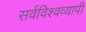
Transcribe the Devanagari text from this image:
सर्वविश्वव्यापी